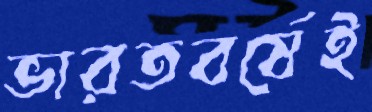
ভারতবর্ষেই